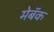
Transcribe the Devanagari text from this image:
मेबॅक